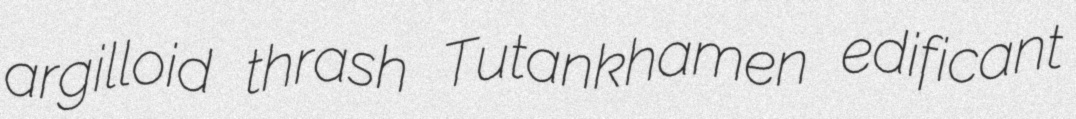
argilloid thrash Tutankhamen edificant